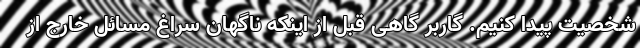
شخصیت پیدا کنیم. گاربر گاهی قبل از اینکه ناگهان سراغ مسائل خارج از